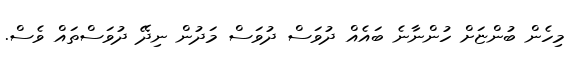
މިހެން ބުންޏަށް ހުންނާނެ ބައެއް ދުވަސް ދުވަސް މަދުން ނިދޭ ދުވަސްތައް ވެސް.